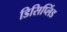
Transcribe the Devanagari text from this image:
डिसिप्लिंड